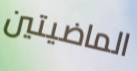
الماضيتين